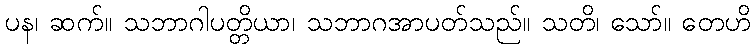
ပန၊ ဆက်။ သဘာဂါပတ္တိယာ၊ သဘာဂအာပတ်သည်။ သတိ၊ သော်။ တေဟိ